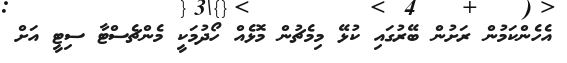
އެހެންކަމުން ރަށުން ބޭރުގައި ކުޅޭ މިމެޗުން މޮޅެއް ހޯދުމަކީ މެންޗެސްޓާ ސިޓީ އަށް